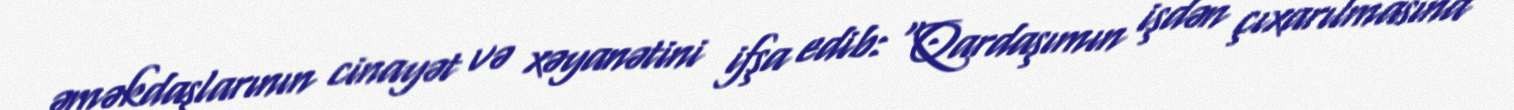
əməkdaşlarının cinayət və xəyanətini ifşa edib: “Qardaşımın işdən çıxarılmasına